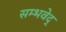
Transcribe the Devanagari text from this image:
सम्भवेद्